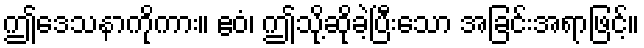
ဤဒေသနာကိုကား။ ဧဝံ၊ ဤသို့ဆိုခဲ့ပြီးသော အခြင်းအရာဖြင့်။